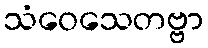
သံဝေသေတဗ္ဗာ